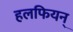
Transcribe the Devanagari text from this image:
हलफियन्